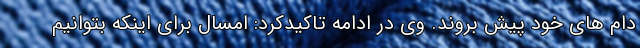
دام های خود پیش بروند. وی در ادامه تاکیدکرد: امسال برای اینکه بتوانیم